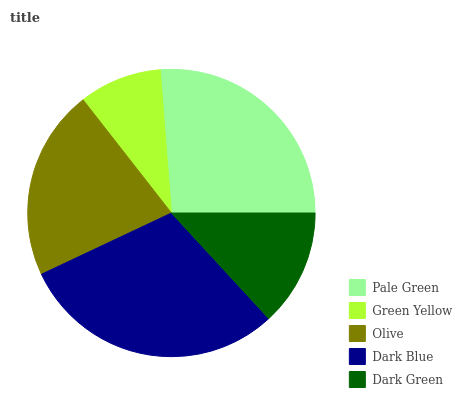
| Pale Green | Green Yellow | Olive | Dark Blue | Dark Green |
 | --- | --- | --- | --- | --- |
 | 26.2% | 9.3% | 21.5% | 29.9% | 13.1% |